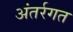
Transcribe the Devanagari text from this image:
अंतर्रगत